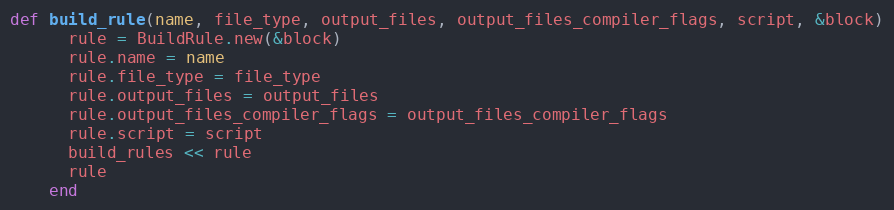
Language: Ruby
def build_rule(name, file_type, output_files, output_files_compiler_flags, script, &block)
      rule = BuildRule.new(&block)
      rule.name = name
      rule.file_type = file_type
      rule.output_files = output_files
      rule.output_files_compiler_flags = output_files_compiler_flags
      rule.script = script
      build_rules << rule
      rule
    end